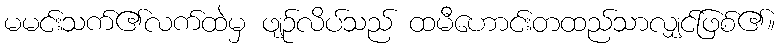
မမင်းသက်၏လက်ထဲမှ ဖျဉ်လိပ်သည် ထမီဟောင်းတထည်သာလျှင်ဖြစ်၏။